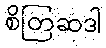
စိတြဆဒါ